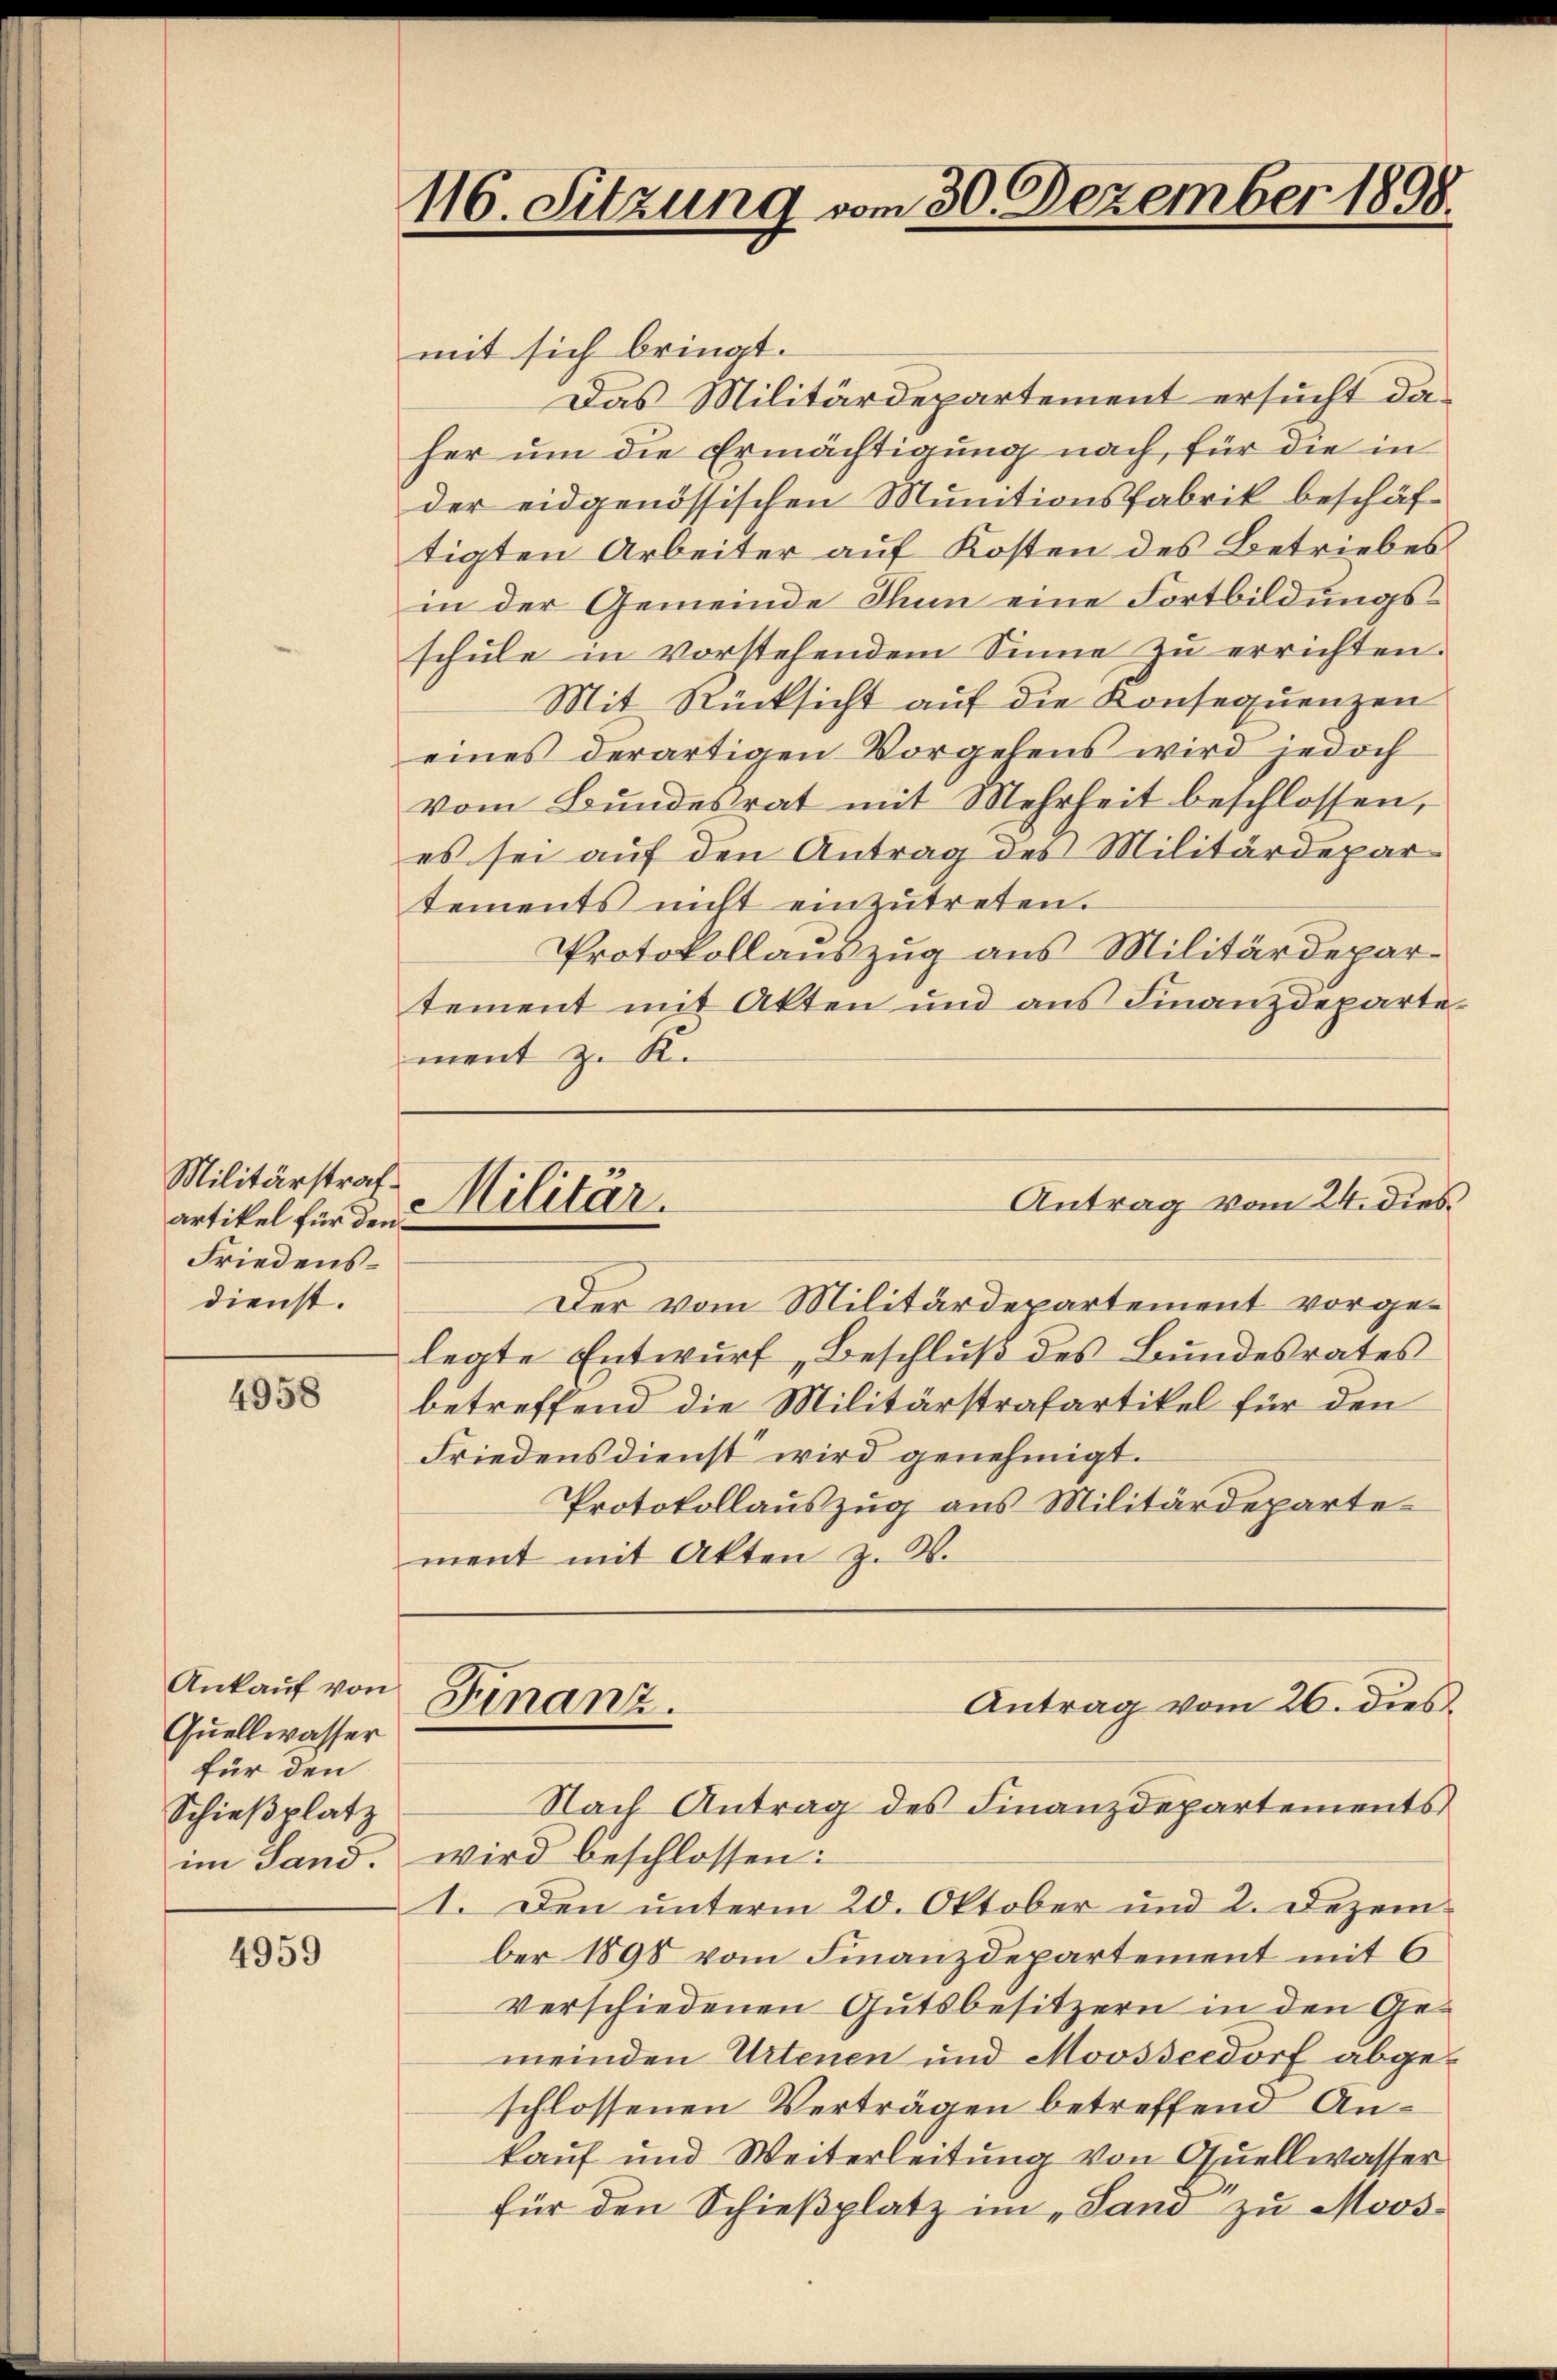
Militärstraf.
artikel für den
Friedensdienst.

4958

Ankauf von
Quellwasser
für den
Schießplatz

4959

116. Sitzung vom 30. Dezember 1898.

mit sich bringt.
Das Militärdepartement ersucht daher um die Ermächtigung nach, für die in
der eidgenössischen Munitionsfabrik beschäftigten Arbeiter auf Kosten des Betriebes
in der Gemeinde Thun eine Fortbildungsschule in vorstehendem Sinne zu errichten.
Mit Rücksicht auf die Konsequenzen
eines derartigen Vorgehens wird jedoch
vom Bundesrat mit Mehrheit beschlossen,
es sei auf den Antrag des Militärdepartements nicht einzŭtreten.
Protokollauszug aus Militärdepartement mit Akten und aus Finanzdepartement z. K.
Der vom Militärdepartement vorgelegte Entwurf, Beschluß des Bundesrates
betreffend die Militärstrafartikel für den
Friedens dienst wird genehmigt.
Protokollauszug aus Militärdepartement mit Akten z. B.
Antrag vom 26. dies
Finanz.
Nach Antrag des Finanzdepartements
im Sand. wird beschlossen:
1. Den unterm 20. Oktober und 2. Dezember 1898 vom Finanzdepartement mit 6
verschiedenen Gutsbesitzern in den Ge-
meinden Urtenen und Moosseedorf abgeschlossenen Verträgen betreffend Ankauf und Weiterleitung von Quellwasser
für den Schießplatz im „Sand zu Moos¬

Militär.

Antrag vom 24. dies